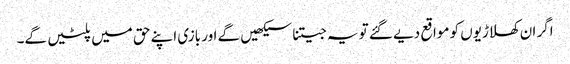
اگر ان کھلاڑیوں کو مواقع دیے گئے تو یہ جیتنا سیکھیں گے اور بازی اپنے حق میں پلٹیں گے۔